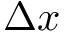
\Delta x